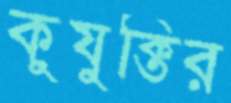
কুযুক্তির